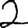
Digit: 2